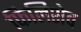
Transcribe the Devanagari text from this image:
फिलिशेव